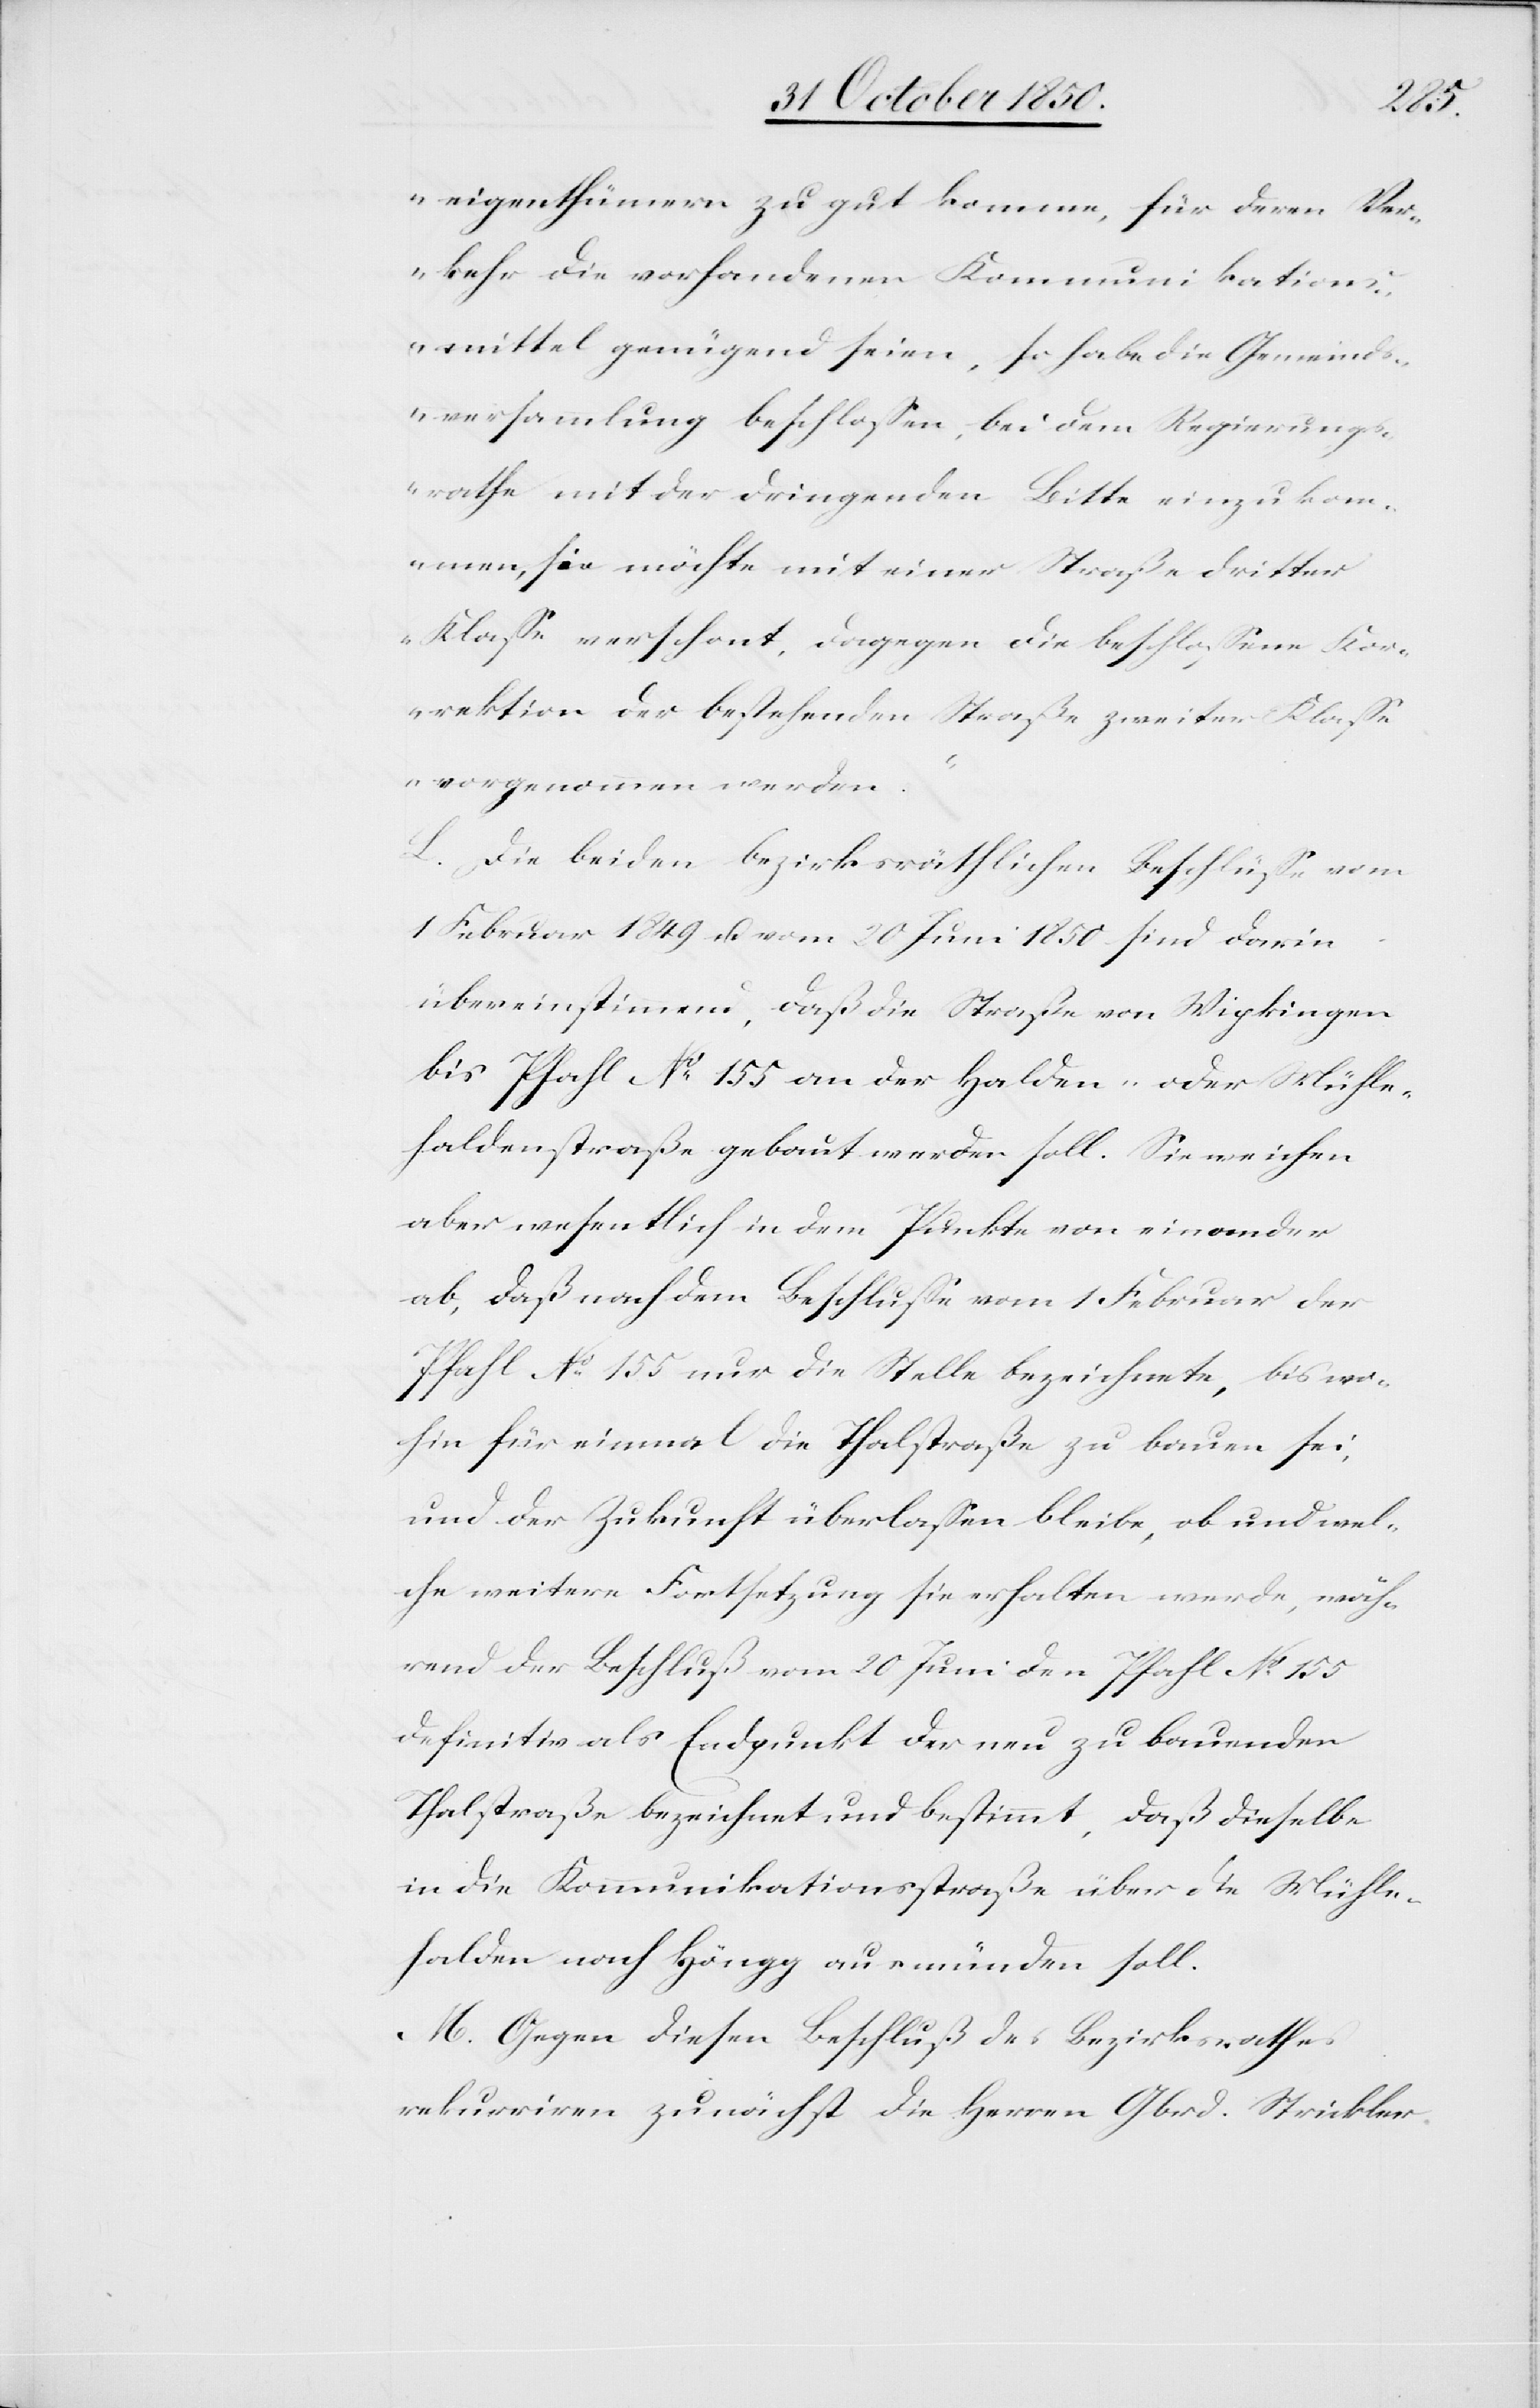
eigenthümern zu gut komme, für deren Ver¬
kehr die vorhandenen Kommunikations¬
mittel genügend seien, so habe die Gemeinds¬
versammlung beschlossen, bei dem Regierungs¬
rathe mit der dringenden Bitte einzukom¬
men, sie möchte mit einer Straße dritter
Klasse verschont, dagegen die beschlossene Kor¬
rektion der bestehenden Straße zweiter Klasse
vorgenommen werden.“
L. Die beiden bezirksräthlichen Beschlüsse vom
1 Februar 1849 u. vom 20 Juni 1850 sind darin
übereinstimmend, daß die Straße von Wipkingen
bis Pfahl No 155 an der Halden- oder Mühle¬
haldenstraße gebaut werden soll. Sie weichen
aber wesentlich in dem Punkte von einander
ab, daß nach dem Beschlusse vom 1 Februar der
Pfahl No 155 nur die Stelle bezeichnete, bis wo¬
hin für einmal die Thalstraße zu bauen sei,
und der Zukunft überlassen bleibe, ob und wel¬
che weitere Fortsetzung sie erhalten werde, wäh¬
rend der Beschluß vom 20 Juni den Pfahl No 155
definitiv als Endpunkt der neu zu bauenden
Thalstraße bezeichnet und bestimmt, daß dieselbe
in die Kommunikationsstraße über die Mühle¬
halden nach Höngg ausmünden soll.
M. Gegen diesen Beschluß des Bezirksrathes
rekurriren zunächst die Herren Gbrd. Strickler